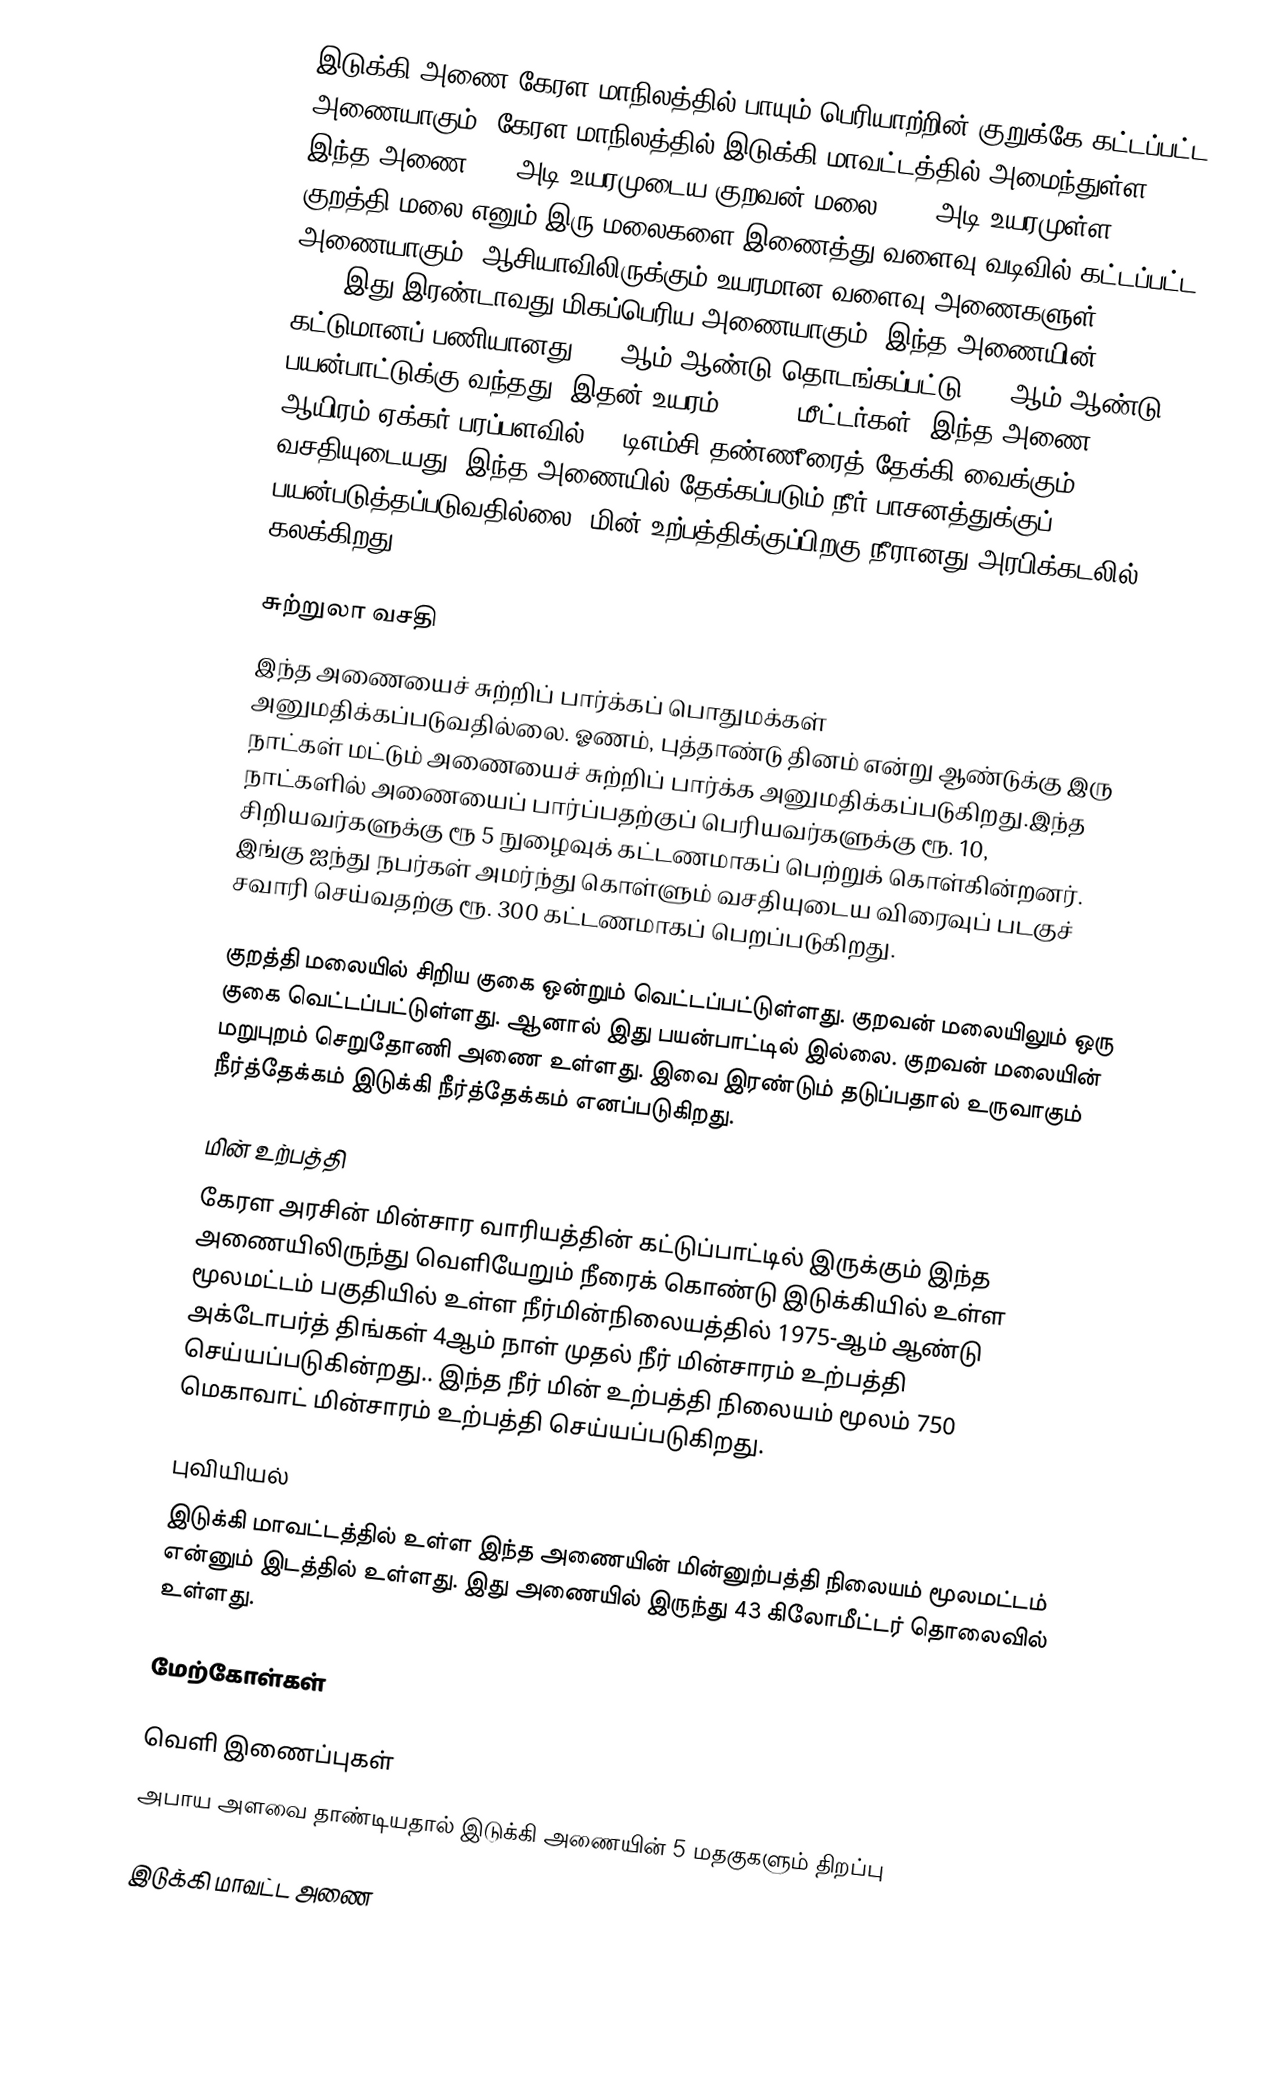
இடுக்கி அணை கேரள மாநிலத்தில் பாயும் பெரியாற்றின் குறுக்கே கட்டப்பட்ட அணையாகும். கேரள மாநிலத்தில் இடுக்கி மாவட்டத்தில் அமைந்துள்ள இந்த அணை 839 அடி உயரமுடைய குறவன் மலை, 925 அடி உயரமுள்ள குறத்தி மலை எனும் இரு மலைகளை இணைத்து வளைவு வடிவில் கட்டப்பட்ட அணையாகும். ஆசியாவிலிருக்கும் உயரமான வளைவு அணைகளுள் (arch dam) இது இரண்டாவது மிகப்பெரிய அணையாகும். இந்த அணையின் கட்டுமானப் பணியானது 1969ஆம் ஆண்டு தொடங்கப்பட்டு 1973ஆம் ஆண்டு பயன்பாட்டுக்கு வந்தது.  இதன் உயரம் 167.68 மீட்டர்கள். இந்த அணை 36 ஆயிரம் ஏக்கர் பரப்பளவில் 72 டிஎம்சி தண்ணீரைத் தேக்கி வைக்கும் வசதியுடையது. இந்த அணையில் தேக்கப்படும் நீர் பாசனத்துக்குப் பயன்படுத்தப்படுவதில்லை. மின் உற்பத்திக்குப்பிறகு நீரானது அரபிக்கடலில் கலக்கிறது.

சுற்றுலா வசதி
இந்த அணையைச் சுற்றிப் பார்க்கப் பொதுமக்கள் அனுமதிக்கப்படுவதில்லை. ஓணம், புத்தாண்டு தினம் என்று ஆண்டுக்கு இரு நாட்கள் மட்டும் அணையைச் சுற்றிப் பார்க்க அனுமதிக்கப்படுகிறது.இந்த நாட்களில் அணையைப் பார்ப்பதற்குப் பெரியவர்களுக்கு ரூ. 10, சிறியவர்களுக்கு ரூ 5 நுழைவுக் கட்டணமாகப் பெற்றுக் கொள்கின்றனர். இங்கு ஐந்து நபர்கள் அமர்ந்து கொள்ளும் வசதியுடைய விரைவுப் படகுச் சவாரி செய்வதற்கு ரூ. 300 கட்டணமாகப் பெறப்படுகிறது.

குறத்தி மலையில் சிறிய குகை ஒன்றும் வெட்டப்பட்டுள்ளது. குறவன் மலையிலும் ஒரு குகை வெட்டப்பட்டுள்ளது. ஆனால் இது பயன்பாட்டில் இல்லை. குறவன் மலையின் மறுபுறம் செறுதோணி அணை உள்ளது. இவை இரண்டும் தடுப்பதால் உருவாகும் நீர்த்தேக்கம் இடுக்கி நீர்த்தேக்கம் எனப்படுகிறது.

மின் உற்பத்தி
கேரள அரசின் மின்சார வாரியத்தின் கட்டுப்பாட்டில் இருக்கும் இந்த அணையிலிருந்து வெளியேறும் நீரைக் கொண்டு இடுக்கியில் உள்ள மூலமட்டம் பகுதியில் உள்ள நீர்மின்நிலையத்தில் 1975-ஆம் ஆண்டு அக்டோபர்த் திங்கள் 4ஆம் நாள் முதல் நீர் மின்சாரம் உற்பத்தி செய்யப்படுகின்றது.. இந்த நீர் மின் உற்பத்தி நிலையம் மூலம் 750 மெகாவாட் மின்சாரம் உற்பத்தி செய்யப்படுகிறது.

புவியியல்
இடுக்கி மாவட்டத்தில் உள்ள இந்த அணையின் மின்னுற்பத்தி நிலையம் மூலமட்டம் என்னும் இடத்தில் உள்ளது. இது அணையில் இருந்து 43 கிலோமீட்டர் தொலைவில் உள்ளது.

மேற்கோள்கள்

வெளி இணைப்புகள்
  அபாய அளவை தாண்டியதால் இடுக்கி அணையின் 5 மதகுகளும் திறப்பு

இடுக்கி மாவட்ட அணை